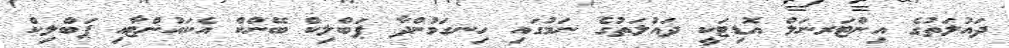
ދައުލަތުގެ އިންޓަރނަލް އޮޑިޓަކީ ދައުލަތުގެ ނަމުގައި ހިނގަމުންދާ ޕަބްލިކް ބޭންކް އެކައުންޓާއި ޕަބްލިކް